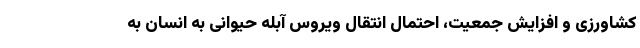
کشاورزی و افزایش جمعیت، احتمال انتقال ویروس آبله حیوانی به انسان به